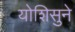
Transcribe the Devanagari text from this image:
योशिसुने